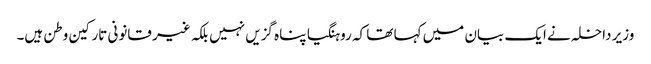
وزیر داخلہ نے ایک بیان میں کہا تھا کہ روہنگیا پناہ گزیں نہیں بلکہ غیر قانونی تارکین وطن ہیں۔